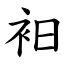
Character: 衵